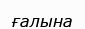
ғалына